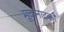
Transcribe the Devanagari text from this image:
मूकनाटकों